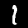
Label: 1